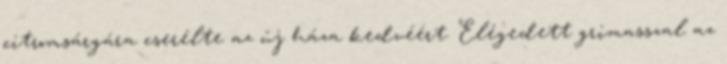
citromsárgára cserélte az új háza kedvéért. Elégedett grimasszal az